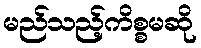
မည်သည့်ကိစ္စမဆို